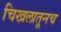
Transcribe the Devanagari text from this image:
चिखलातूनच